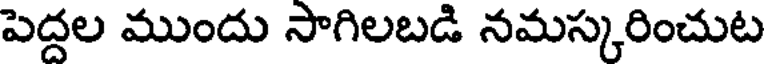
పెద్దల ముందు సాగిలబడి నమస్కరించుట